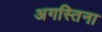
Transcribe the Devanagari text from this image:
अगस्तिना